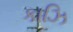
કાઝિ